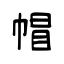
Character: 帽